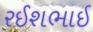
રઈશભાઈ